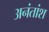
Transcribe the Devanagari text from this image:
अनंतांश